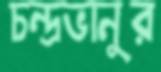
চন্দ্রভানুর